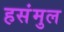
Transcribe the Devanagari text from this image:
हसंमुल